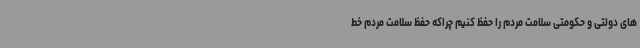
های دولتی و حکومتی سلامت مردم را حفظ کنیم چراکه حفظ سلامت مردم خط